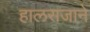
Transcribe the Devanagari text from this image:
हालराजाने